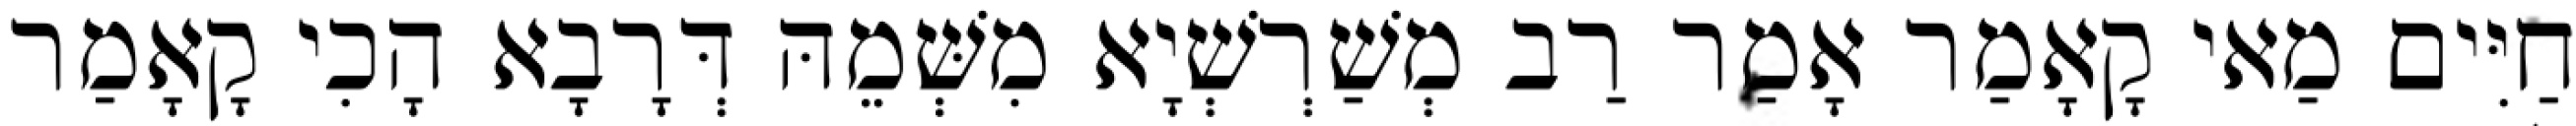
חַיִּים מַאי קָאָמַר אָמַר רַב מְשַׁרְשְׁיָא מִשְּׁמֵהּ דְּרָבָא הָכִי קָאָמַר